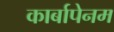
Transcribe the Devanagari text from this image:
कार्बापेनम